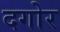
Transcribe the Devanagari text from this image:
दगोर